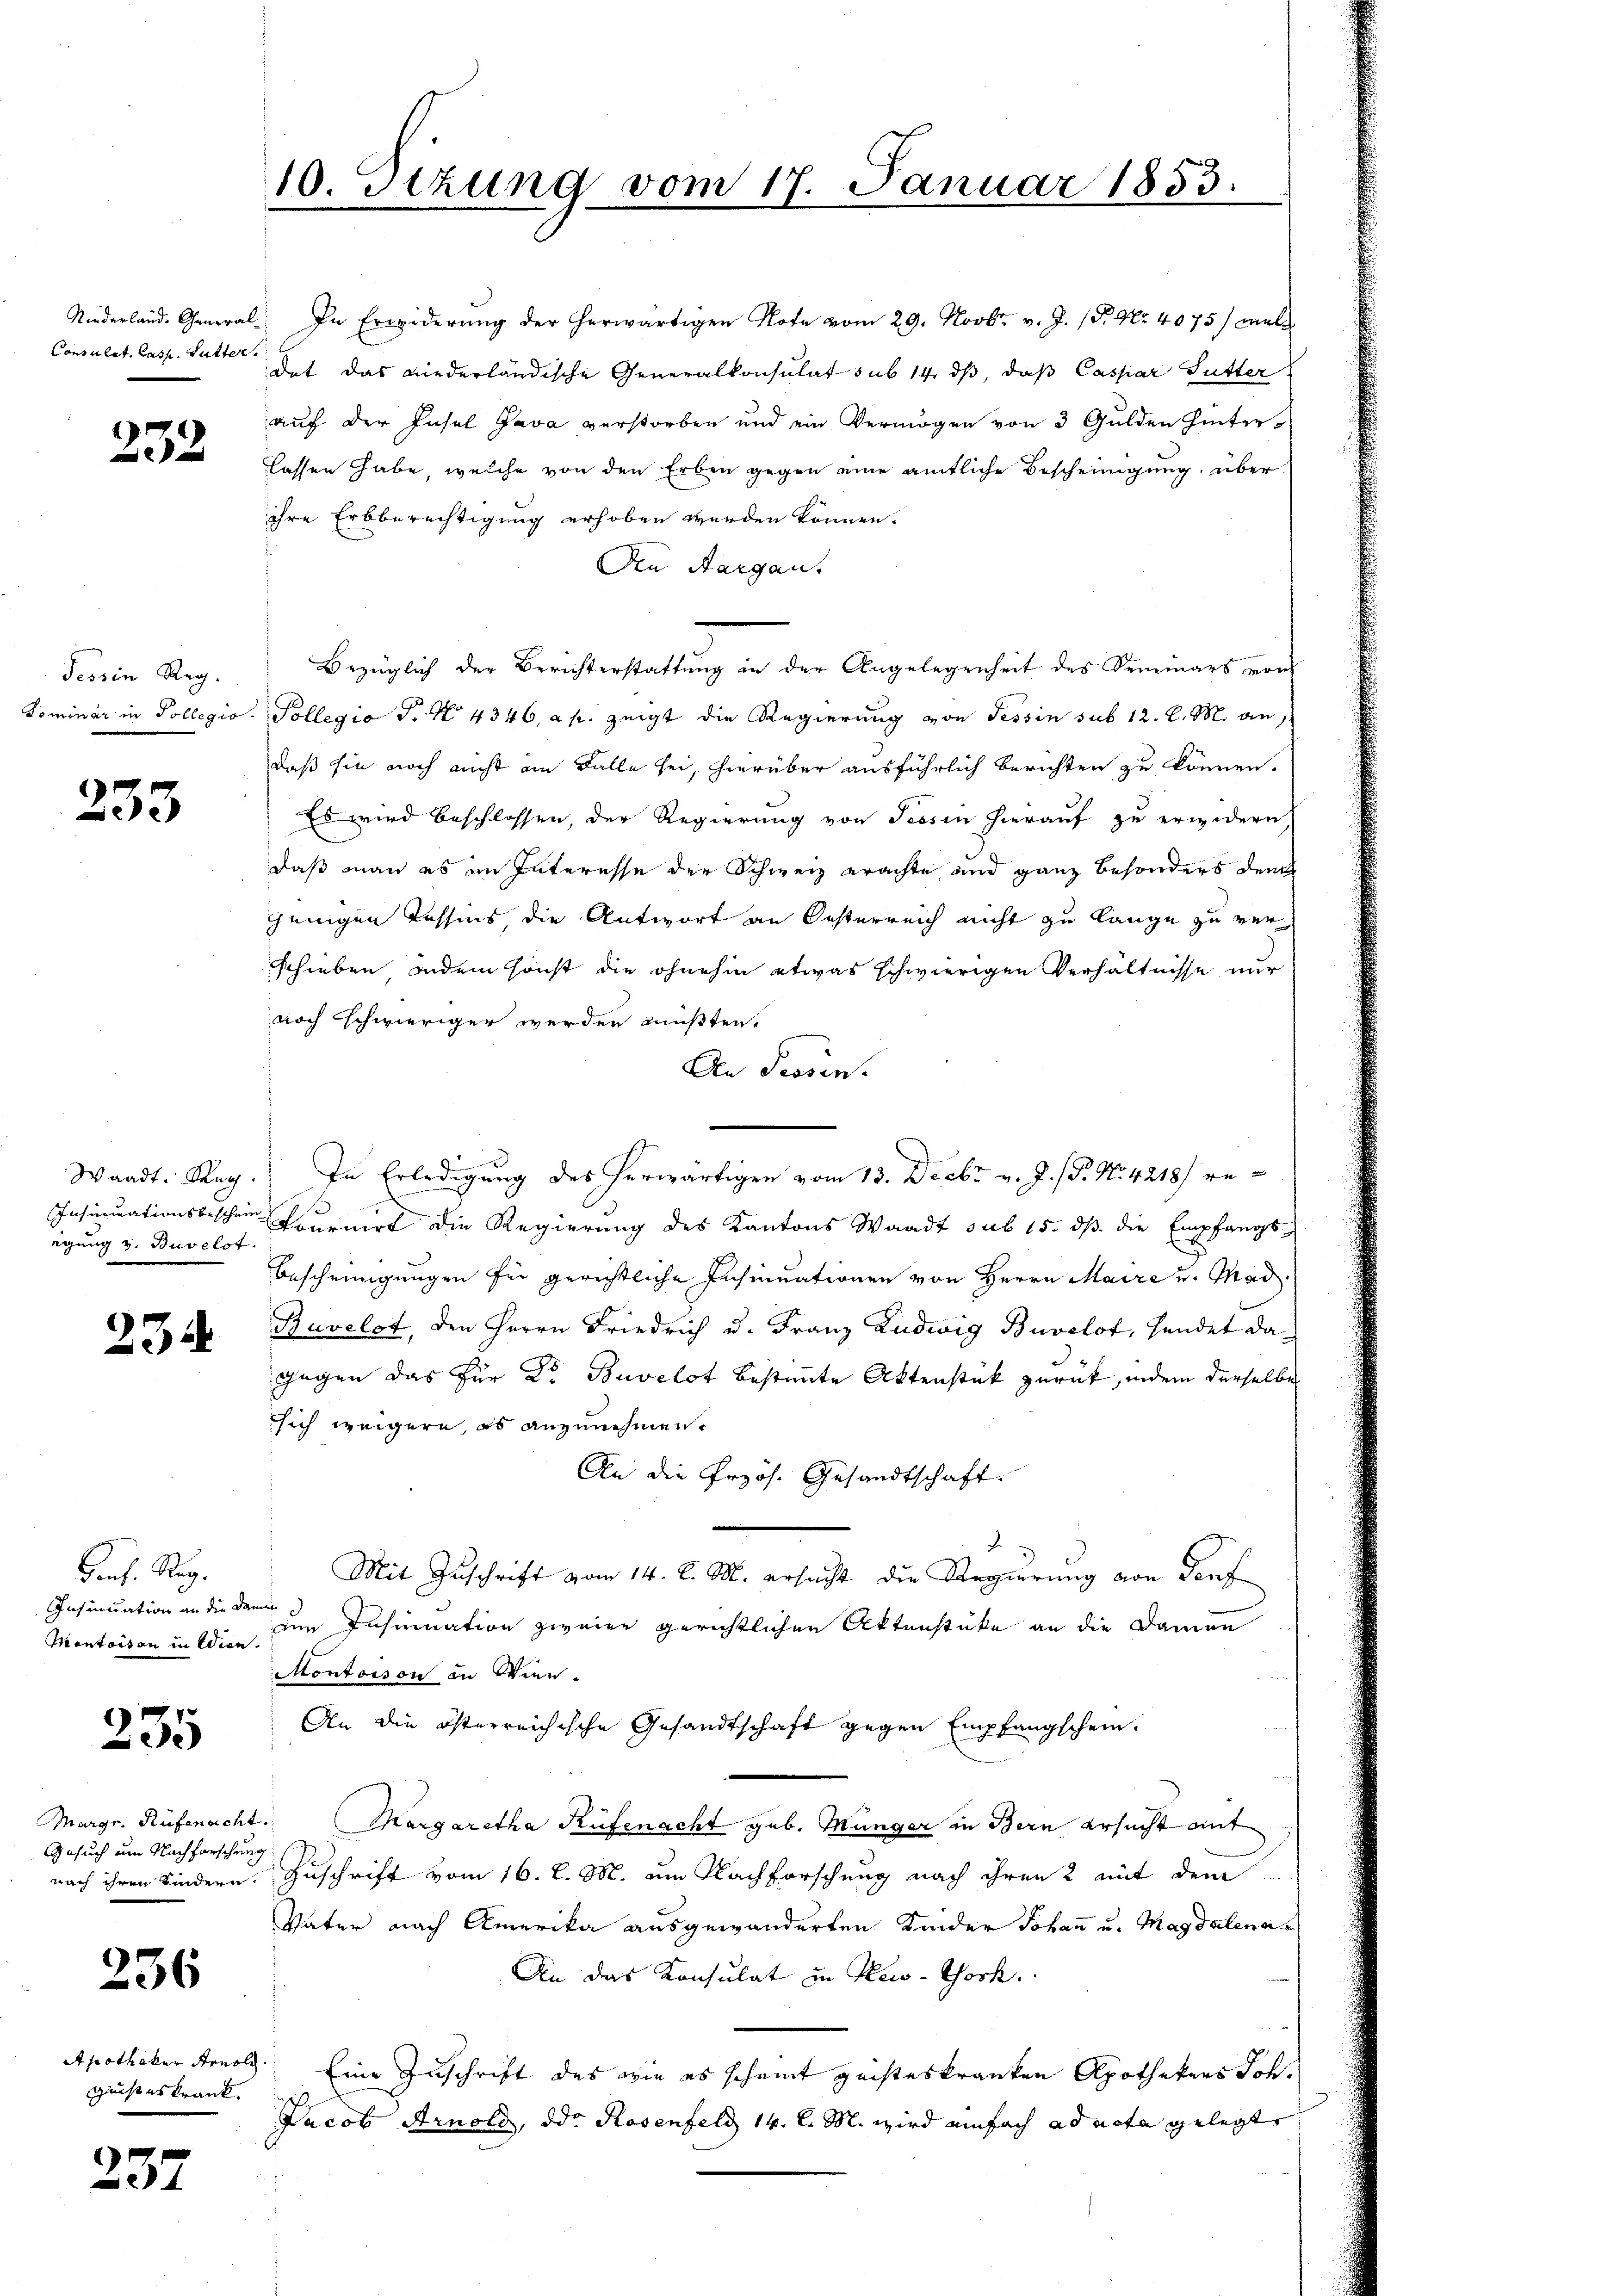
Niederlande General¬
Consulat. Casp. Sutter.

252

Tessin Reg.
Seminar in Pollegio

233

Waadt. Reg.
Insinuationsbeschein
eigung z. Buvelot

234

rrh. Reg.
Insinuation an die Damit
Iontaison in Wien.

235

Gesuch um Nachforschung
nach ihren Kindern.

236

Apotheker Arnol
grist es krank

237

10. Setzung vom 17. Januar 1853.

In Erwiderung der herwärtigen Note vom 29. Novbr. v. J. P. Nr. 4075/ meld
det das niederländische Generalkonsulat sub 14. ds, daß Caspar Gutter
auf der Insel Java verstorben und ein Vermögen von 3 Gulden hinter-
Lassen habe, welche von den Erben gegen eine amtliche Bescheinigung, über
ihre Erbberechtigung erhoben werden können.
Die Aargau.
Bezüglich der Berichterstattung in der Angelegenheit des Seminars von
Pollegio P. Nr. 4346, a p. zeigt die Regierung von Tessin sub 12. d. M. an,
daß sie noch nicht an Falle sei, hierüber ausführlich berichten zu können.
Es wird beschlossen, der Regierung von Tessin hierauf zu erwidern,
daß man es im Interesse der Schweiz erachte und ganz besonders dem
jenigen Tessins, die Antwort an Oesterreich nicht zu lange zu verschieben andem sonst die ohnehin etwas schwierigen Verhältnisse nur
noch schwieriger werden müßten.
An Prosen.
In Erledigung des herwärtigen vom 13. Decbr v. J. (T. No 4218/ re¬
Pournirt die Regierung des Kantons Waadt sub 15. dß die Empfangs¬
Bescheinigungen für gerichtliche Insinuationen von Herrn Maire u. Mad.
Buvelot, den Herrn Friedrich u. Franz Ludwig Buvelot, sendet dagegen das für Dr. Buvelot bestimmte Aktenstück zurück, indem derselbe
sich weigern, es anzunehmen.
An die Przös. Gesandtschaft.
Mit Zuschrift vom 14. d. M. ersucht die Regierung von Dorf
den Insinuation zweien gerichtlichen Aktenstücke an die Damen
Montoison an Wien.
An die österreichische Gesandtschaft gegen Empfangschein.
Margr. Rüfenacht. Margaretha Rüfenacht geb. Münger in Bern ersucht mit
Zuschrift vom 16. d. M. um Nachforschung nach ihren 2 mit dem
Väter nach Amerika ausgewänderten Kinder Johann u. Magdalena
An das Konsulat in Kei-Tock.
Eine Zuschrift des wie es scheint geisteskranken Apothekers Joh.
Jacob Arnold, oder Rosenfeld 14. d. M. wird einfach ad acta gelegt